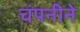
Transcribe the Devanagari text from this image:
चंपनीने